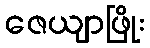
ဇေယျာဖြိုး